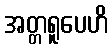
အတ္တရူပေဟိ